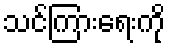
သင်ကြားရေးကို